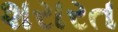
શરારત